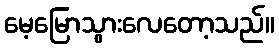
မေ့မြောသွားလေတော့သည်။